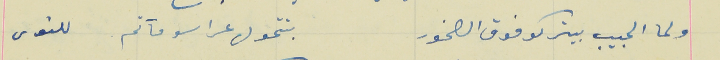
ولما الحبيب بيتركو فوق الصخور                              بتتحول عراسو مآتم للنوى